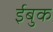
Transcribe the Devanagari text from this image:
ईबुक